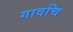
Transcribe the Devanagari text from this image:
गावचि